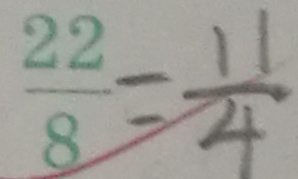
\frac { 2 2 } { 8 } = \frac { 1 1 } { 4 }